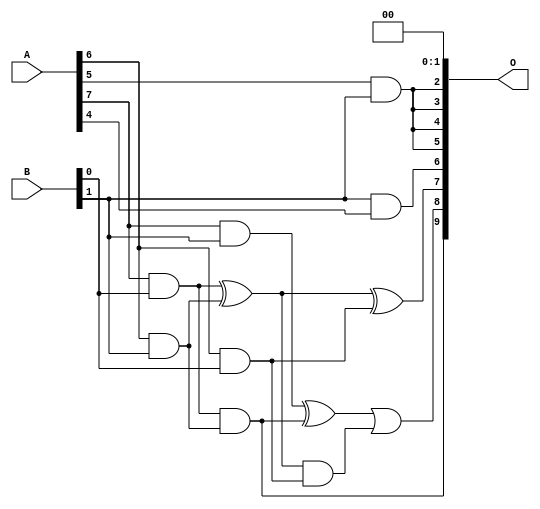
// This program was cloned from: https://github.com/ehw-fit/evoapproxlib
// License: MIT License

/***
* This code is a part of EvoApproxLib library (ehw.fit.vutbr.cz/approxlib) distributed under The MIT License.
* When used, please cite the following article(s): V. Mrazek, L. Sekanina, Z. Vasicek "Libraries of Approximate Circuits: Automated Design and Application in CNN Accelerators" IEEE Journal on Emerging and Selected Topics in Circuits and Systems, Vol 10, No 4, 2020 
* This file contains a circuit from a sub-set of pareto optimal circuits with respect to the pwr and wce parameters
***/
// MAE% = 2.00 %
// MAE = 20 
// WCE% = 7.91 %
// WCE = 81 
// WCRE% = 100.00 %
// EP% = 73.83 %
// MRE% = 25.39 %
// MSE = 829 
// PDK45_PWR = 0.0071 mW
// PDK45_AREA = 31.4 um2
// PDK45_DELAY = 0.19 ns

module mul8x2u_098 (
    A,
    B,
    O
);

input [7:0] A;
input [1:0] B;
output [9:0] O;

wire sig_12,sig_15,sig_17,sig_24,sig_25,sig_28,sig_35,sig_39,sig_50,sig_51,sig_52,sig_64;

assign sig_12 = A[6] & B[0];
assign sig_15 = A[5] & B[1];
assign sig_17 = A[7] & B[0];
assign sig_24 = A[6] & B[1];
assign sig_25 = A[7] & B[1];
assign sig_28 = sig_17 ^ sig_24;
assign sig_35 = B[1] & A[4];
assign sig_39 = sig_17 & sig_24;
assign sig_50 = sig_28 ^ sig_12;
assign sig_51 = sig_28 & sig_12;
assign sig_52 = sig_25 ^ sig_39;
assign sig_64 = sig_52 | sig_51;

assign O[9] = sig_39;
assign O[8] = sig_64;
assign O[7] = sig_50;
assign O[6] = sig_35;
assign O[5] = sig_15;
assign O[4] = sig_15;
assign O[3] = sig_15;
assign O[2] = sig_15;
assign O[1] = 1'b0;
assign O[0] = 1'b0;

endmodule